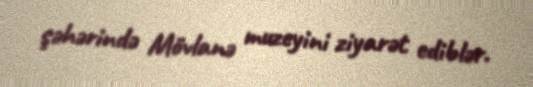
şəhərində Mövlanə muzeyini ziyarət ediblər.